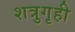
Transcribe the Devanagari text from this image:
शत्रुगृही